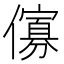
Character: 𠏶